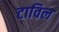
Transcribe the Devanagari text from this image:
टाविल